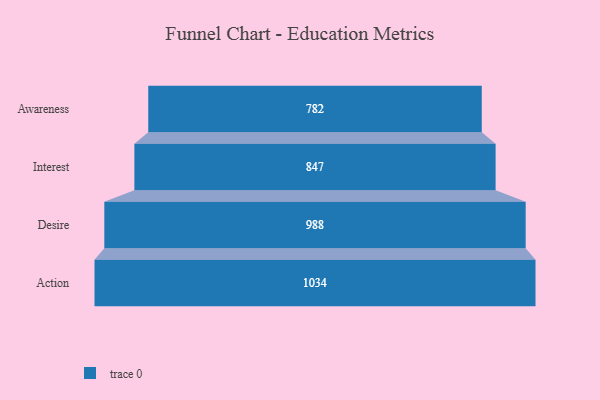
{"axis": {"x": "Stage", "y": "Value"}, "legend": [""], "data": [{"x": "Awareness", "y": 782.0, "type": ""}, {"x": "Interest", "y": 847.0, "type": ""}, {"x": "Desire", "y": 988.0, "type": ""}, {"x": "Action", "y": 1034.0, "type": ""}]}